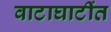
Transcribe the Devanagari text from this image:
वाटाघाटींत